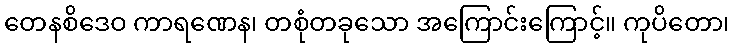
တေနစိဒေဝ ကာရဏေန၊ တစုံတခုသော အကြောင်းကြောင့်။ ကုပိတော၊